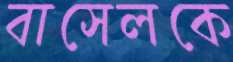
বাসেলকে